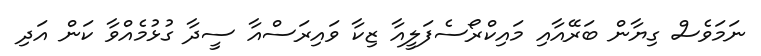
ނަމަވެސް ގިޔާން ބަރޭއާއި މައިކްރޯސެފަލީއާ ޒިކާ ވައިރަސްއާ ސީދާ ގުޅުމެއްވާ ކަން އަދި